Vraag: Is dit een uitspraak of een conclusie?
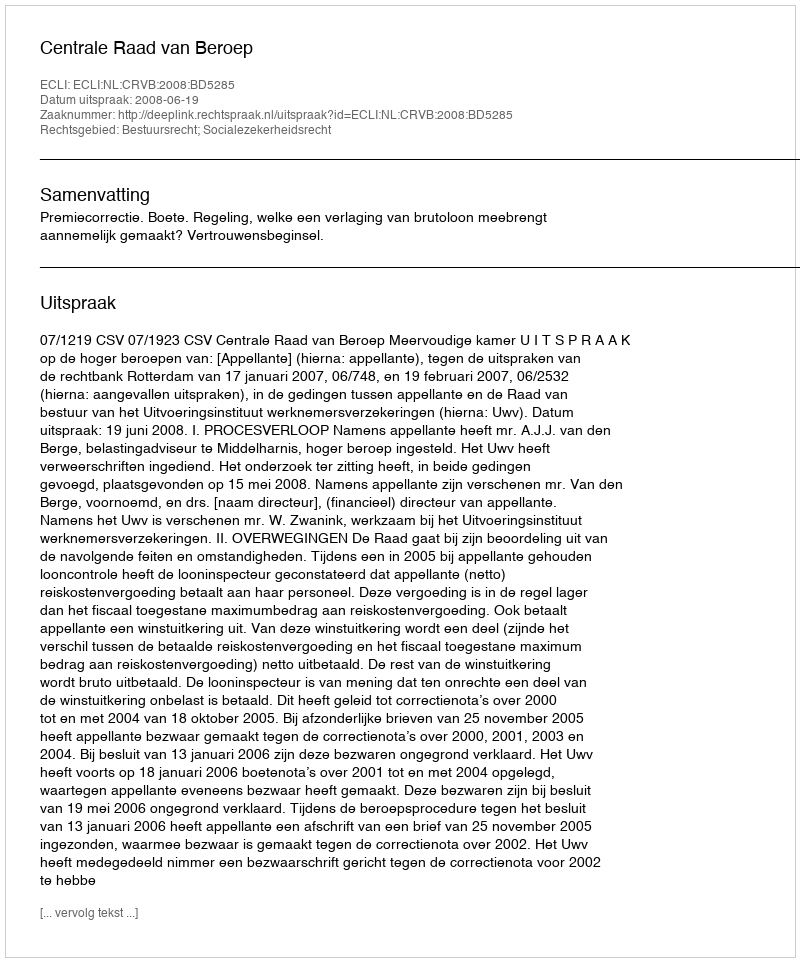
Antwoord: Uitspraak